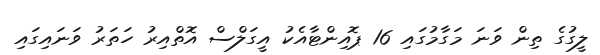
ލީގުގެ ތިން ވަނަ މަގާމުގައި 16 ޕޮއިންޓާއެކު އީގަލްސް އޮތްއިރު ހަތަރު ވަނައިގައި